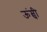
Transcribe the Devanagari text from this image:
ऊंम्ची